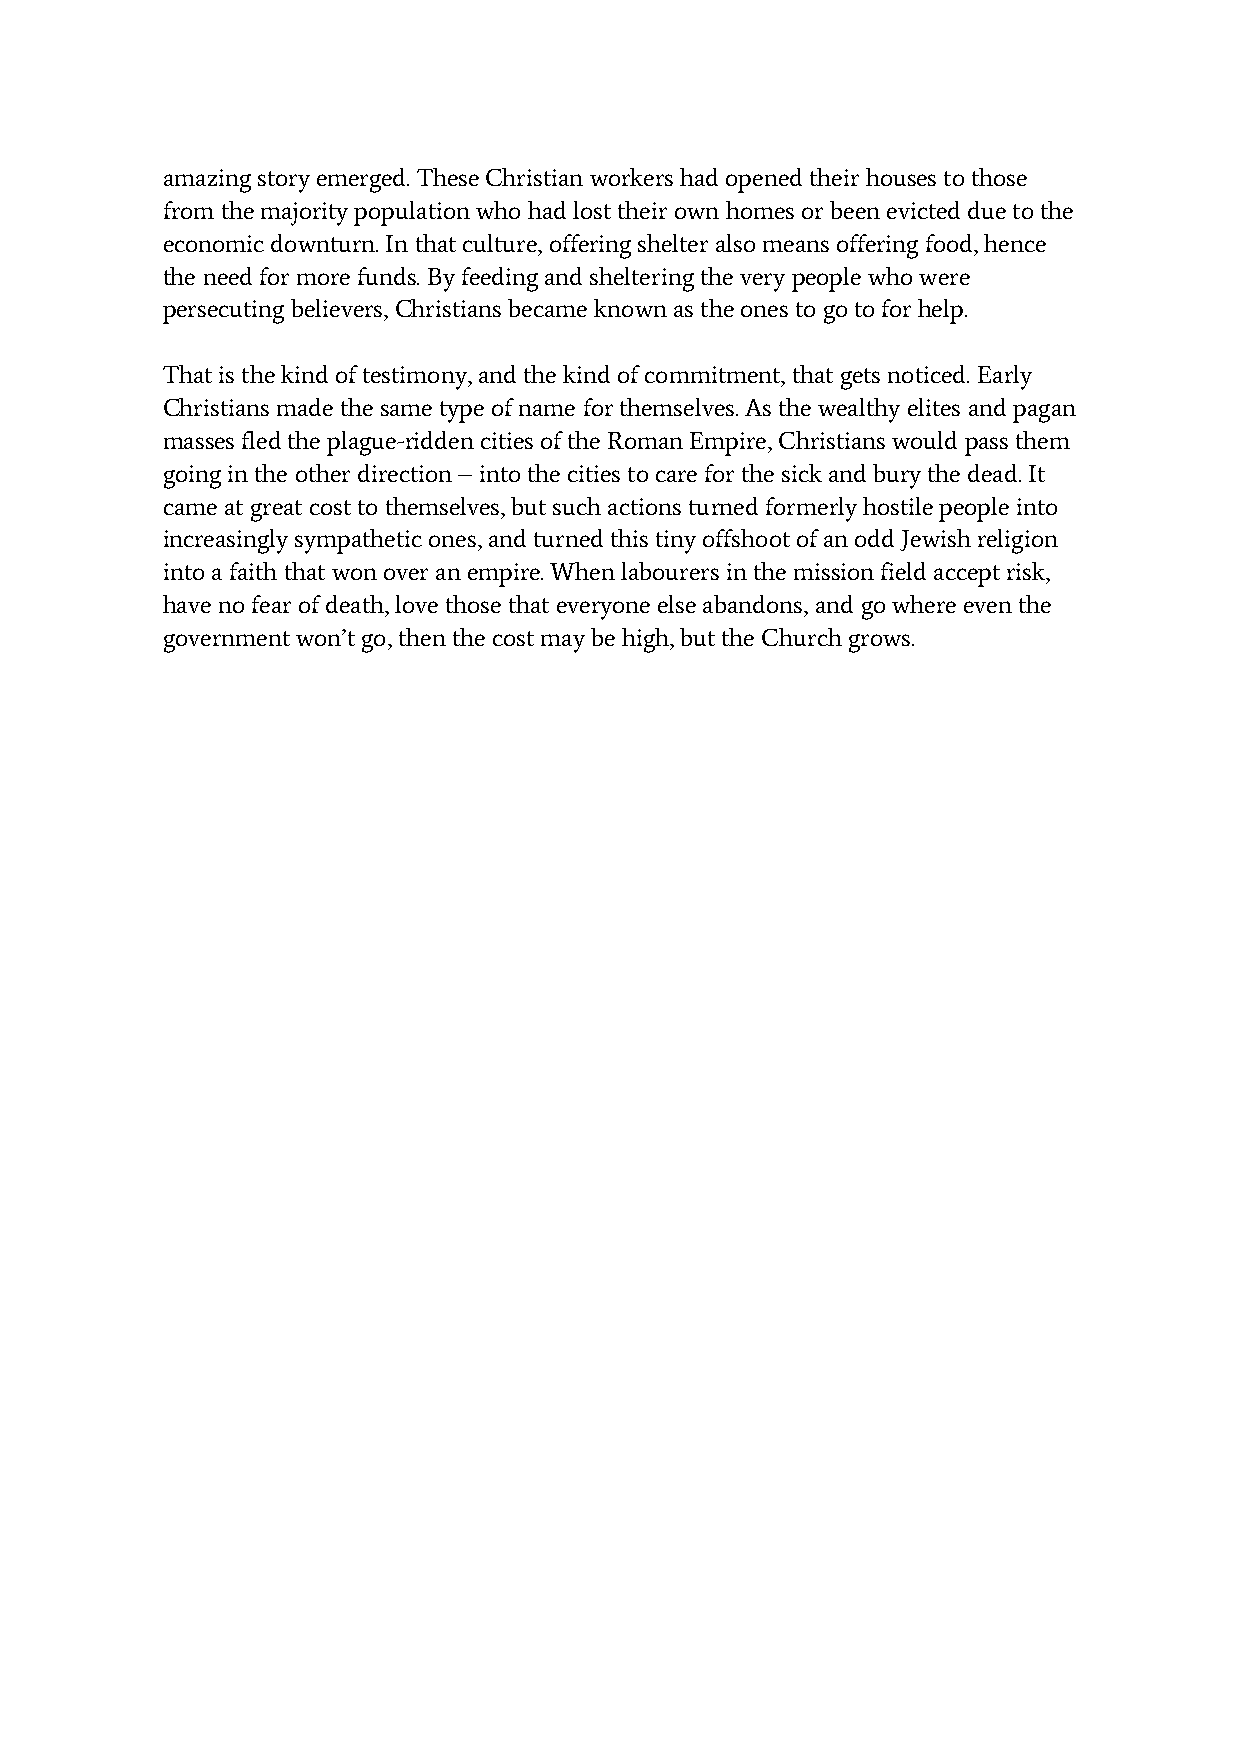
amazing story emerged. These Christian workers had opened their houses to those
 from the majority population who had lost their own homes or been evicted due to the
 economic downturn. In that culture, offering shelter also means offering food, hence
 the need for more funds. By feeding and sheltering the very people who were
 persecuting believers, Christians became known as the ones to go to for help.
 That is the kind of testimony, and the kind of commitment, that gets noticed. Early
 Christians made the same type of name for themselves. As the wealthy elites and pagan
 masses fled the plague-ridden cities of the Roman Empire, Christians would pass them
 going in the other direction – into the cities to care for the sick and bury the dead. It
 came at great cost to themselves, but such actions turned formerly hostile people into
 increasingly sympathetic ones, and turned this tiny offshoot of an odd Jewish religion
 into a faith that won over an empire. When labourers in the mission field accept risk,
 have no fear of death, love those that everyone else abandons, and go where even the
 government won’t go, then the cost may be high, but the Church grows.